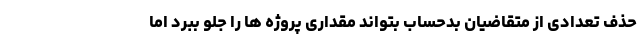
حذف تعدادی از متقاضیان بدحساب بتواند مقداری پروژه ها را جلو ببرد اما